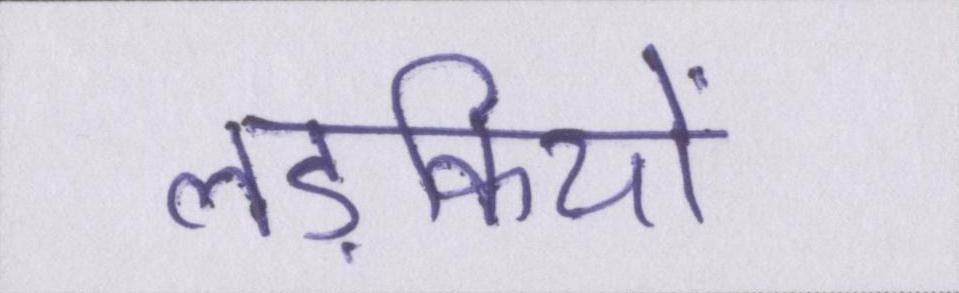
लड़कियों